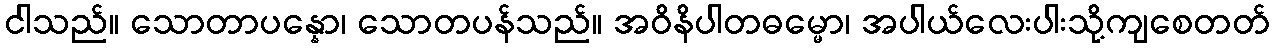
ငါသည်။ သောတာပန္နော၊ သောတပန်သည်။ အဝိနိပါတဓမ္မော၊ အပါယ်လေးပါးသို့ကျစေတတ်